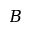
B